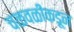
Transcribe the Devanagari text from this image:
चळवळींकडून